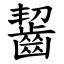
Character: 齧